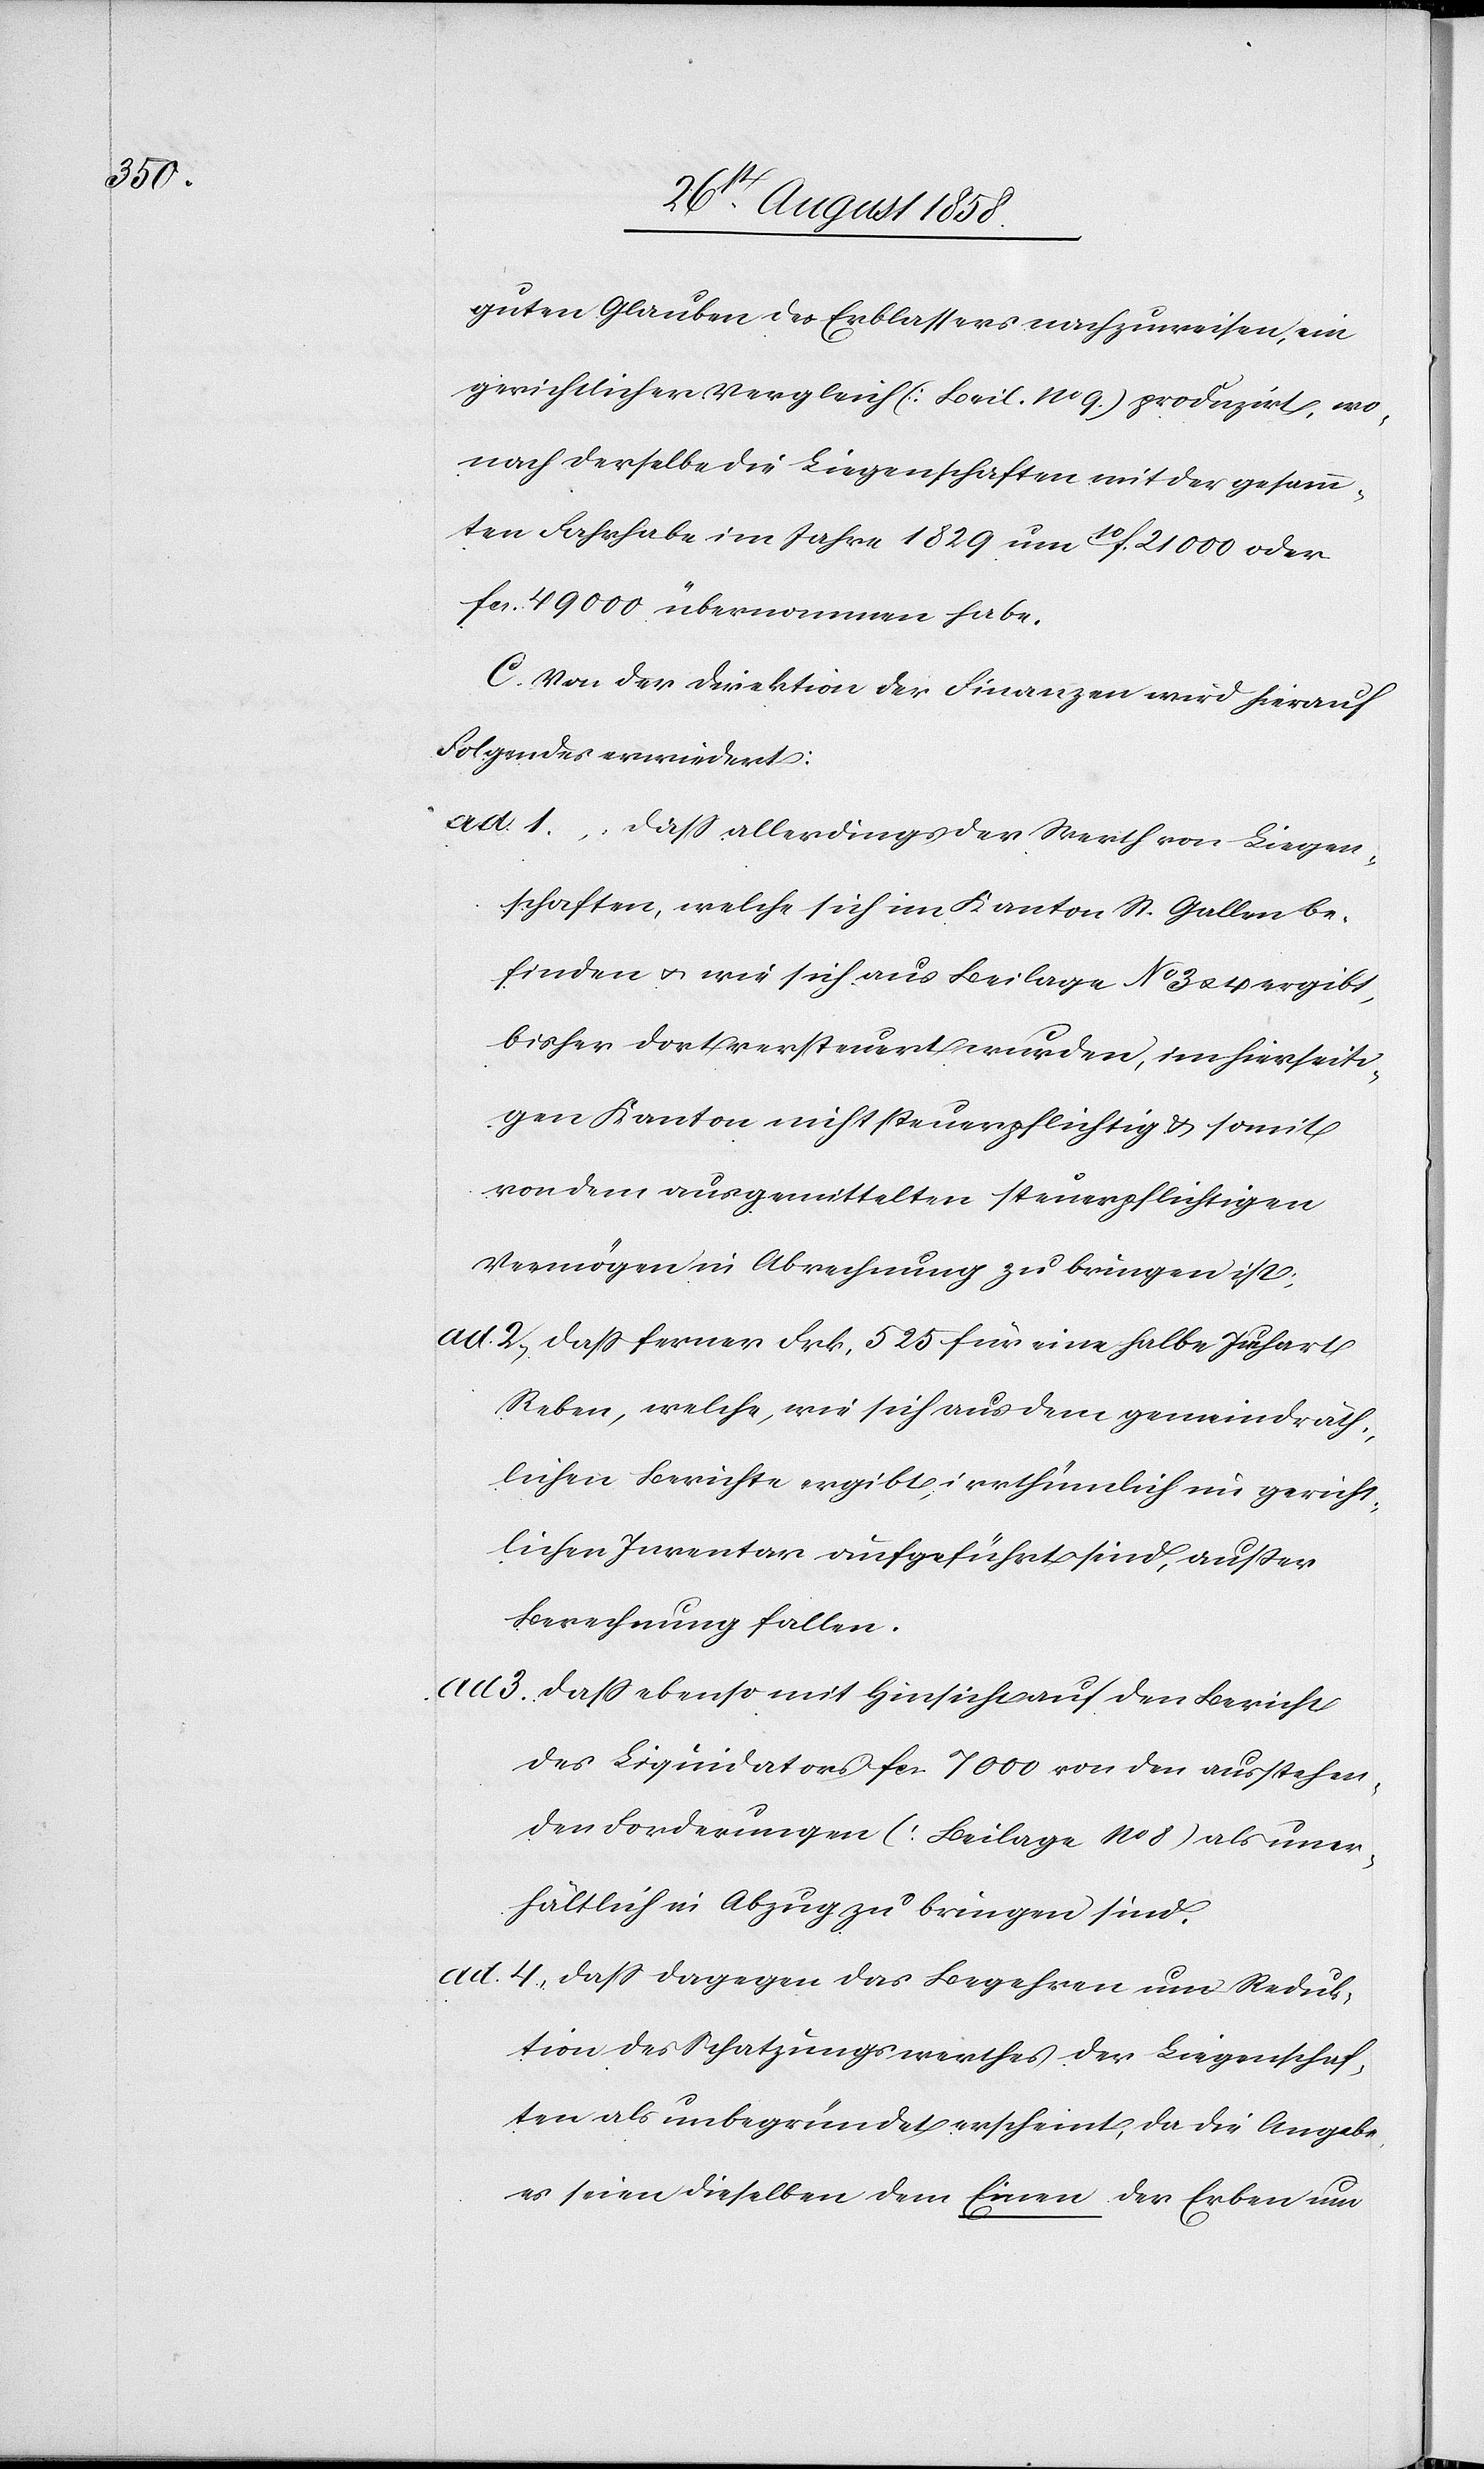
3.

guten Glauben des Erblassers nachzuweisen, ein
gerichtlicher Vergleich (Beil. No 9.) produzirt, wo¬
nach derselbe die Liegenschaften mit der gesamm¬
ten Fahrhabe im Jahre 1829 um 10f. 21 000 oder
fcs. 49 000 übernommen habe.
C. Von der Direktion der Finanzen wird hierauf
Folgendes erwiedert:
dass allerdings der Werth von Liegen¬
schaften, welche sich im Kanton St. Gallen be¬
finden & wie sich aus Beilage No 3 & 4 ergibt,
bisher dort versteuert wurden, im hierseiti¬
gen Kanton nicht steuerpflichtig & somit
von dem ausgemittelten steuerpflichtigen
Vermögen in Abrechnung zu bringen ist;
dass ferner Frk. 525 für eine halbe Juchart
Reben, welche, wie sich aus dem gemeindräth¬
lichen Berichte ergibt, irrthümlich im gericht¬
lichen Inventar aufgeführt sind, ausser
Berechnung fallen.
dass ebenso mit Hinsicht auf den Bericht
des Liquidators fcs. 7000 von den ausstehen¬
den Forderungen (Beilage No 8) als uner¬
hältlich in Abzug zu bringen sind.
dass dagegen das Begehren um Reduk¬
tion des Schatzungswerthes der Liegenschaf¬
ten als unbegründet erscheint, da die Angabe,
es seien dieselben dem Einen der Erben um